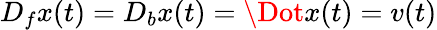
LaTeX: D_{f}x(t)=D_{b}x(t)=\Dot{x}(t)=v(t)